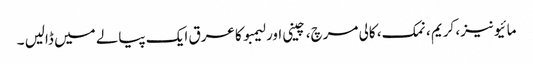
مائیونیز، کریم ، نمک، کالی مرچ، چینی اور لیمبو کا عرق ایک پیالے میں ڈالیں ۔